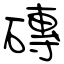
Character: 磚